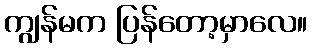
ကျွန်မက ပြန်တော့မှာလေ။